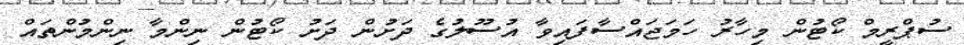
ސުޕްރީމް ކޯޓުން މިހާރު ހަމަޖައްސާފައިވާ އުސޫލުގެ ދަށުން ދަށު ކޯޓުން ނިންމާ ނިންމުންތައް